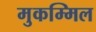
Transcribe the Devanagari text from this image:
मुकम्मिल